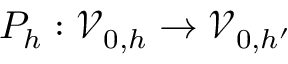
P _ { h } : \mathcal { V } _ { 0 , h } \to \mathcal { V } _ { 0 , h ^ { \prime } }